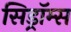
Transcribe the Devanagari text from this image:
सिड्रॉम्स